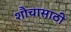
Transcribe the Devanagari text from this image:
शौचासाठी